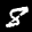
Label: 8